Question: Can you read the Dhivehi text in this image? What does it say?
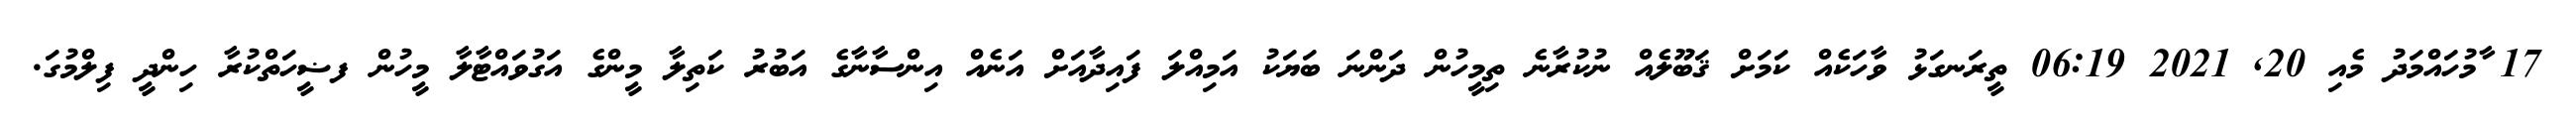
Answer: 17 ާމުހައްމަދު މެއި 20, 2021 06:19 ތީރަނގަޅު ވާހަކެއް ކަމަށް ޤަބޫލެއް ނުކުރާނެ ތިމީހުން ދަންނަ ބަޔަކު އަމިއްލަ ފައިދާއަށް އަނެއް އިންސާނާގެ އަބުރު ކަތިލާ މީންގެ އަގުވައްޓާލާ މީހުން ފޟީހަތްކުރާ ހިންދީ ފިލްމުގަ.